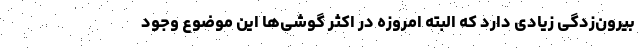
بیرون‌زدگی زیادی دارد که البته امروزه در اکثر گوشی‌ها این موضوع وجود